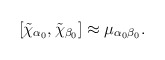
\begin{align*}\left[ \tilde{\chi}_{\alpha _{0}},\tilde{\chi}_{\beta _{0}}\right] \approx\mu _{\alpha _{0}\beta _{0}}. \end{align*}